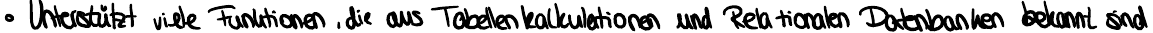
Unterstützt viele Funktionen, die aus Tabellenkalkulationen und Relationalen Datenbanken bekannt sind